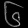
Digit: ၆